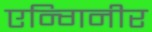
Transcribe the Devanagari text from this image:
एन्गिनीर